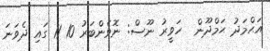
އަޙްމަދު ޙަމްދޫން  ހަވީރު ނޫސް: ނޮވެންބަރު 10 11 ގައި ދެވަނަ